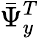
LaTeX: \bar{\Psi}_{y}^{T}